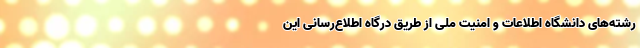
رشته‌های دانشگاه اطلاعات و امنیت ملی از طریق درگاه اطلاع‌رسانی این